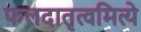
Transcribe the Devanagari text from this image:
फलदातृत्वमित्ये